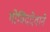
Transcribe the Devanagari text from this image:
गोविंददेवाने